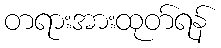
တရားအားထုတ်ရန်